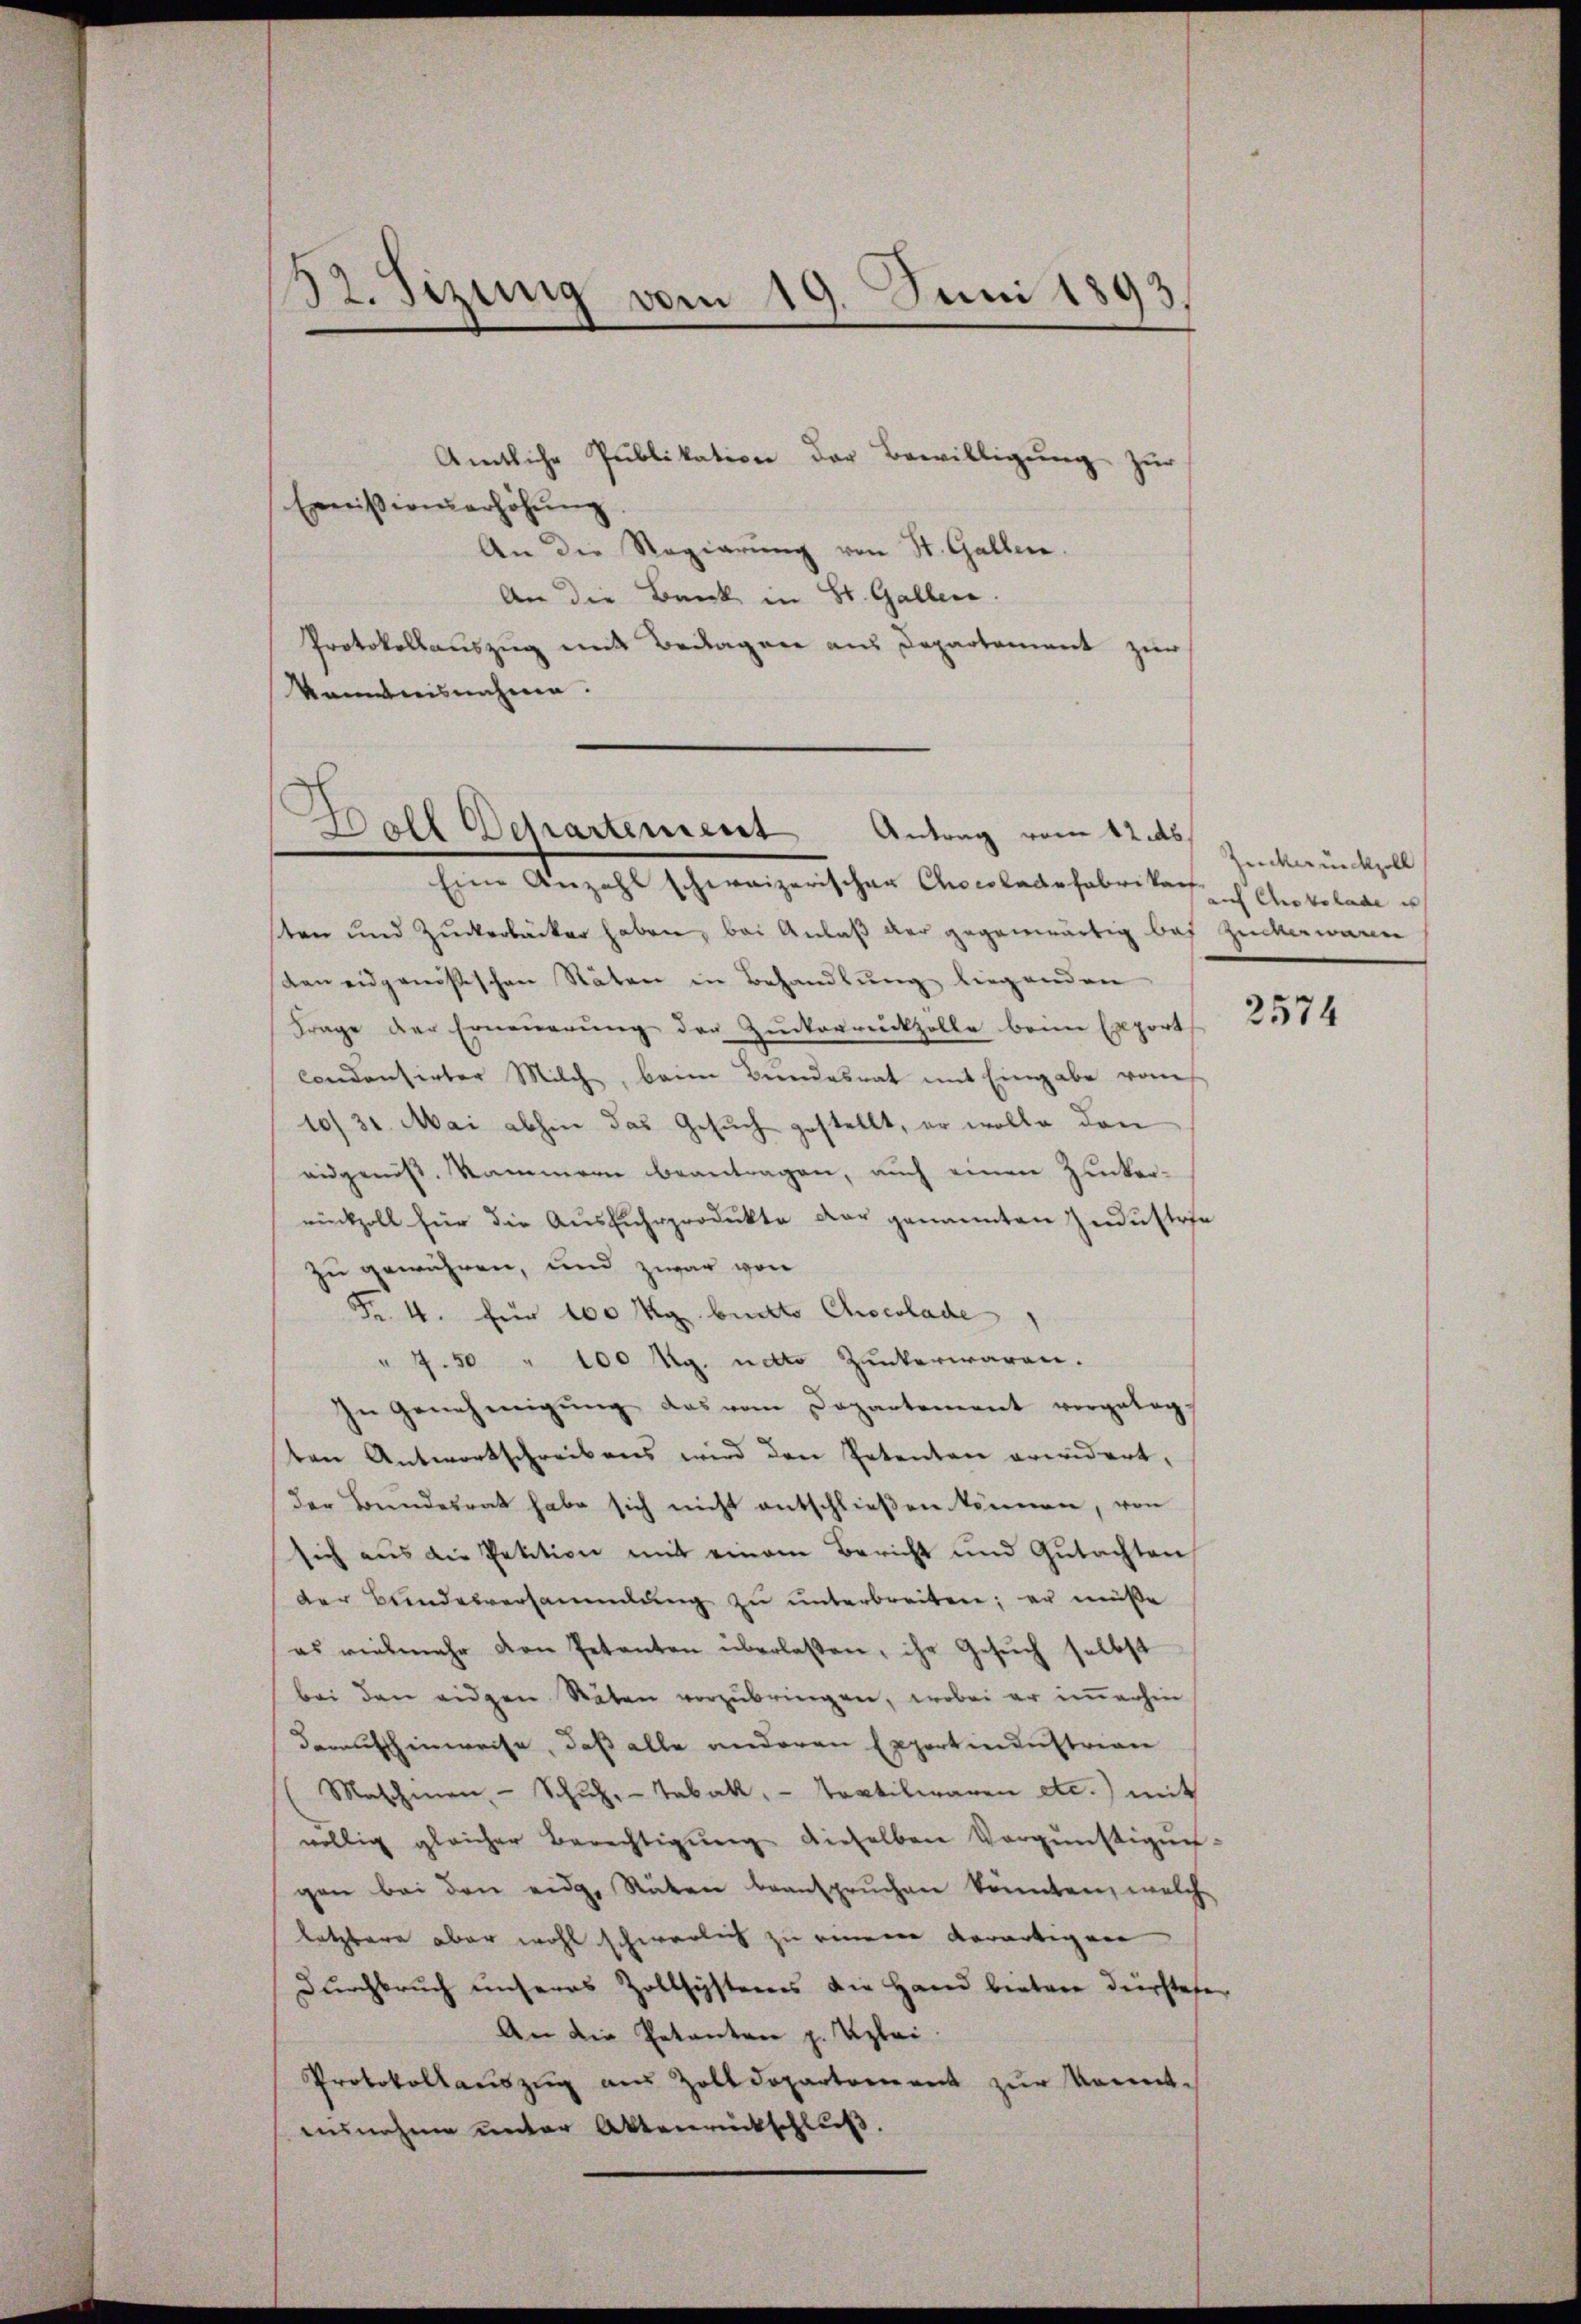
32. Sizung vom 19. Juni 1893

Emmißion erhöhung
An die Regierŭng von St. Gallen.
An die Bank in St. Gallen.
Protokollauszug mit Bedragen aus Departement zur
kanntnisnahme.

Ball Departement Antrag vom 12. ds.

Amtliche Publikation der Bewilligung zur

Eine Anzahl schweizerischen Chocoladefabrikar ich Chokolade u
sten und Zuckerbäcker haben, bei Anlaß der gegenwärtig bei Zuckerwarn
dan eidgenößischen Stäten in Behandlung liegenden
Frage der Erneŭerŭng der Zuckerrückzolle beim Export
Concentirter Milch, beim Bundesrat mit Eingabe vom
10/ 31. Mai abhin das Gesuch gestellt, er wolle den
eidgenös. Kammern beantragen, auch einen Zucker-
rückzoll für die Ausfuhrprodukte der genannten Industrie
zu gewähren, und zwar von
Fr. 4. für 100 Kg. buckte Chocolade
" 7.50 " 100 Ag. nato Zuckerwaren.
In Genehmigŭng das vom Departement vorgeleg-
ten Antwortschreibens wird den Petenten erwidert,
der Bundesrat habe sich nicht entschließen können, von
sich aus die Petition mit einem Bericht und Gutachten
der Bundesversammlung zu unterbreiten; er müße
es vielmehr den Petenten überlassen, ihr Gesŭch selbst
bei den eidgen Stäten vorzubringen, wobei er immerhin
daraufhinweise, daß alle anderen Exportimenstrian
Maschien - Schŭl- Tabak, - textiliaren etc.) mit
völlig gleicher Berechtigŭng dieselben Vergünstigŭn
gen bei den eidg. Räten beanspruchen könnten, welche
latzbare aber wohl schwerlich zu einnere Aerartigen
Durchbruch unseres Zollsystems die Hand bieter derstehen
An die Petenten p. Klei
Protokollauszug aus Zolldepartement zur Kenntausnahme unter Aktenrückschluß.

Zückwünckzoll

2574